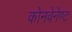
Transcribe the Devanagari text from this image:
कोनवेनेण्ट